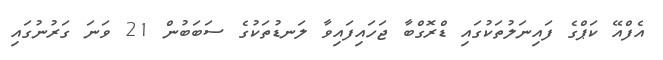
އެފްއޭ ކަޕްގެ ފައިނަލުތަކުގައި ޑްރޮގްބާ ޖަހައިފައިވާ ލަނޑުތަކުގެ ސަބަބުން 21 ވަނަ ގަރުނުގައި